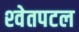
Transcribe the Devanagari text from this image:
श्‍वेतपटल